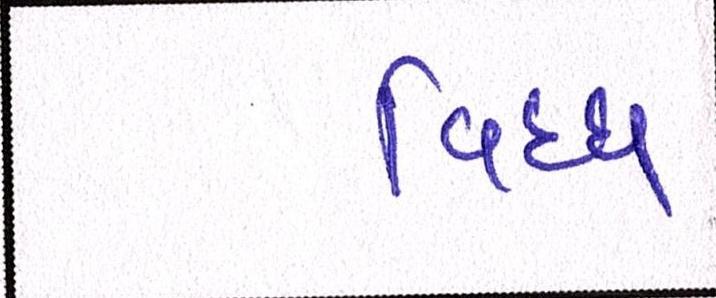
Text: વિઘ્ધ